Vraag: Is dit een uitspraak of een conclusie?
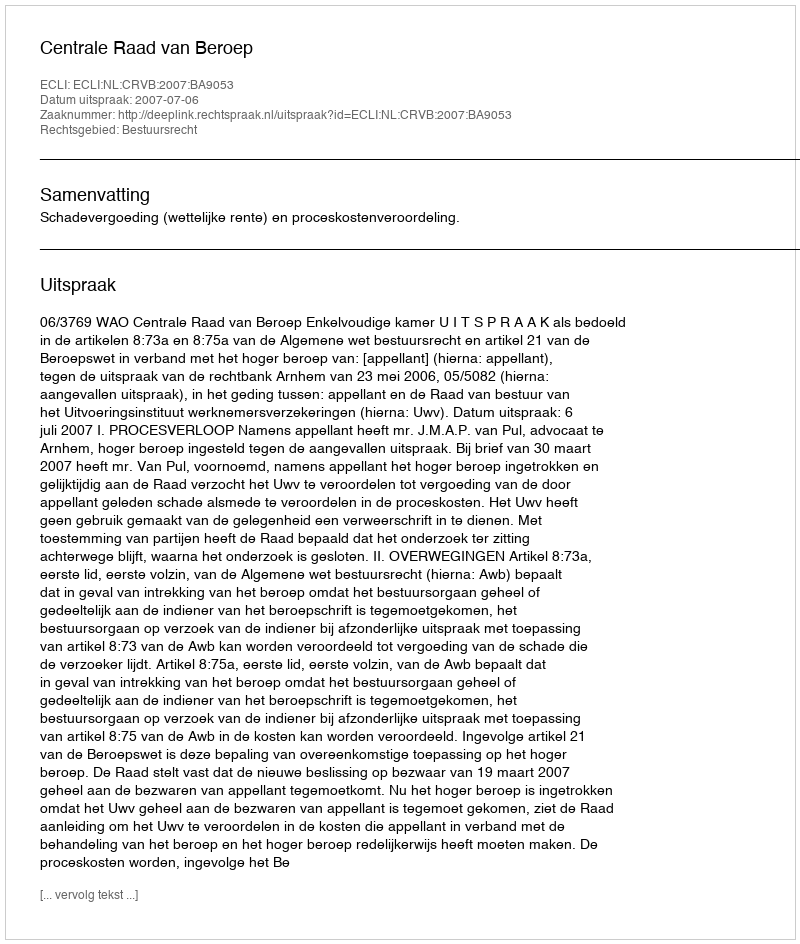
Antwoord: Uitspraak